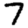
Digit: 7